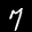
Label: 7